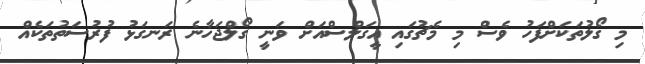
މި ގޯލުތަކަށްފަހު ވެސް މި މެޗުގައި އީގަލްސްއަށް ވަނީ ގޯލްޖަހާނެ ރަނގަޅު ފުރުސަތުތަކެއް